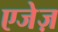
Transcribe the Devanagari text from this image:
एजेज़